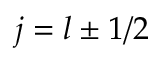
j = l \pm 1 / 2